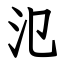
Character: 氾